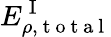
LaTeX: E_{\rho,\mathrm{~t~o~t~a~l~}}^{\mathrm{~I~}}